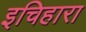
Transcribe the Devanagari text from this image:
इचिहारा